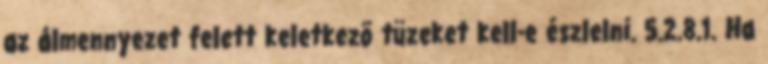
az álmennyezet felett keletkezõ tüzeket kell-e észlelni. 5.2.8.1. Ha